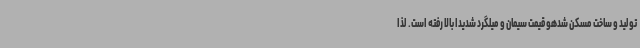
تولید و ساخت مسکن شدهو قیمت سیمان و میلگرد شدیداً بالا رفته است. لذا